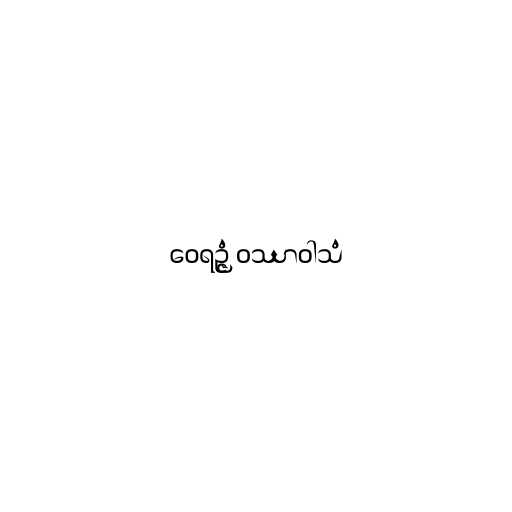
ဝေရဉ္ဇံ ဝဿာဝါသံ